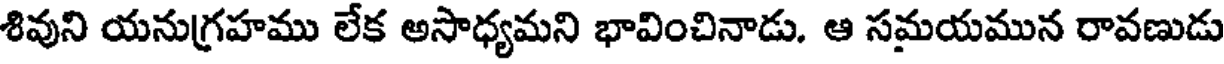
శివుని యనుగ్రహము లేక అసాధ్యమని భావించినాడు. ఆ సమయమున రావణుడు